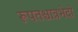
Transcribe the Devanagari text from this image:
रूपतश्चात्रभेदो